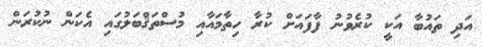
އަދި ތައުބާ އަކީ ކުރެވުނު ފާފައަށް ކުރާ ހިތާމައާއި މުސްތަޤްބަލުގައި އެކަން ނުކުރަން